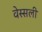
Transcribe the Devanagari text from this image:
वेस्सली